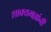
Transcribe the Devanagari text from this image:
शाक्यमल्लांनी